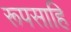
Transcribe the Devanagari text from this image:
रूपसाहि